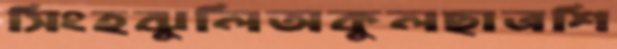
সিংহঝুলিঅকুলছাত্রশি